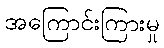
အကြောင်းကြားမှု